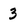
Character: 3